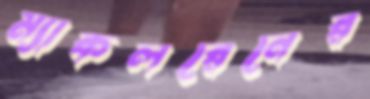
ম্যাকলরেনের